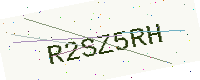
Text: R2SZ5RH